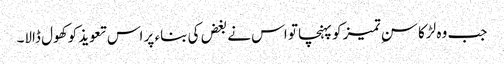
جب وہ لڑکا سنِ تمیز کو پہنچا تو اس نے بغض کی بناء پر اس تعویذ کو کھول ڈالا۔